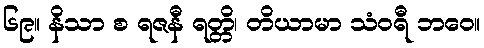
၆၉။ နိသာ စ ရဇနီ ရတ္တိ၊ တိယာမာ သံဝရီ ဘဝေ။